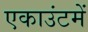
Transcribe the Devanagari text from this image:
एकाउंटमें